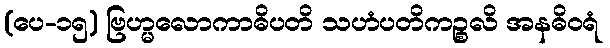
(ပေ-၁၅) ဗြဟ္မလောကာဓိပတိ သဟံပတိကဉ္စလိ အနဓိဝရံ